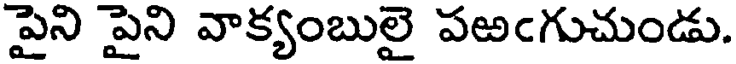
పైని పైని వాక్యంబులై పఱఁగుచుండు.